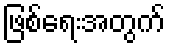
ဖြစ်ရေးအတွက်